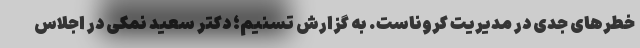
خطرهای جدی در مدیریت کروناست. به گزارش تسنیم؛ دکتر سعید نمکی در اجلاس